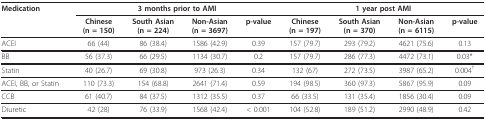
| Medication | <COLSPAN=4> 3 months prior to AMI | <COLSPAN=4> 1 year post AMI |
 |  | Chinese(n = 150) | South Asian(n = 224) | Non-Asian(n = 3697) | p-value | Chinese(n = 197) | South Asian(n = 370) | Non-Asian(n = 6115) | p-value |
 | --- | --- | --- | --- | --- | --- | --- | --- | --- |
 | ACEI | 66 (44) | 86 (38.4) | 1586 (42.9) | 0.39 | 157 (79.7) | 293 (79.2) | 4621 (75.6) | 0.13 |
 | BB | 56 (37.3) | 66 (29.5) | 1134 (30.7) | 0.2 | 157 (79.7) | 286 (77.3) | 4472 (73.1) | 0.03* |
 | Statin | 40 (26.7) | 69 (30.8) | 973 (26.3) | 0.34 | 132 (67) | 272 (73.5) | 3987 (65.2) | 0.004† |
 | ACEI, BB, or Statin | 110 (73.3) | 154 (68.8) | 2641 (71.4) | 0.59 | 194 (98.5) | 360 (97.3) | 5867 (95.9) | 0.09 |
 | CCB | 61 (40.7) | 84 (37.5) | 1312 (35.5) | 0.37 | 66 (33.5) | 131 (35.4) | 1856 (30.4) | 0.09 |
 | Diuretic | 42 (28) | 76 (33.9) | 1568 (42.4) | < 0.001 | 104 (52.8) | 189 (51.2) | 2990 (48.9) | 0.42 |